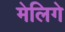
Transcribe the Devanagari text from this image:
मेलिगे